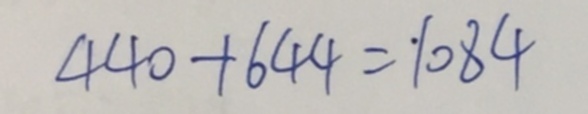
4 4 0 + 6 4 4 = 1 0 8 4